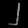
Digit: ၂